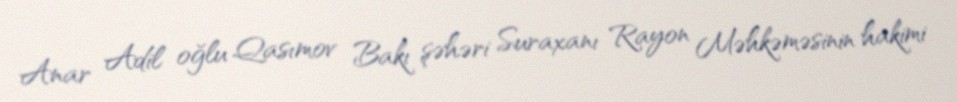
Anar Adil oğlu Qasımov Bakı şəhəri Suraxanı Rayon Məhkəməsinin hakimi